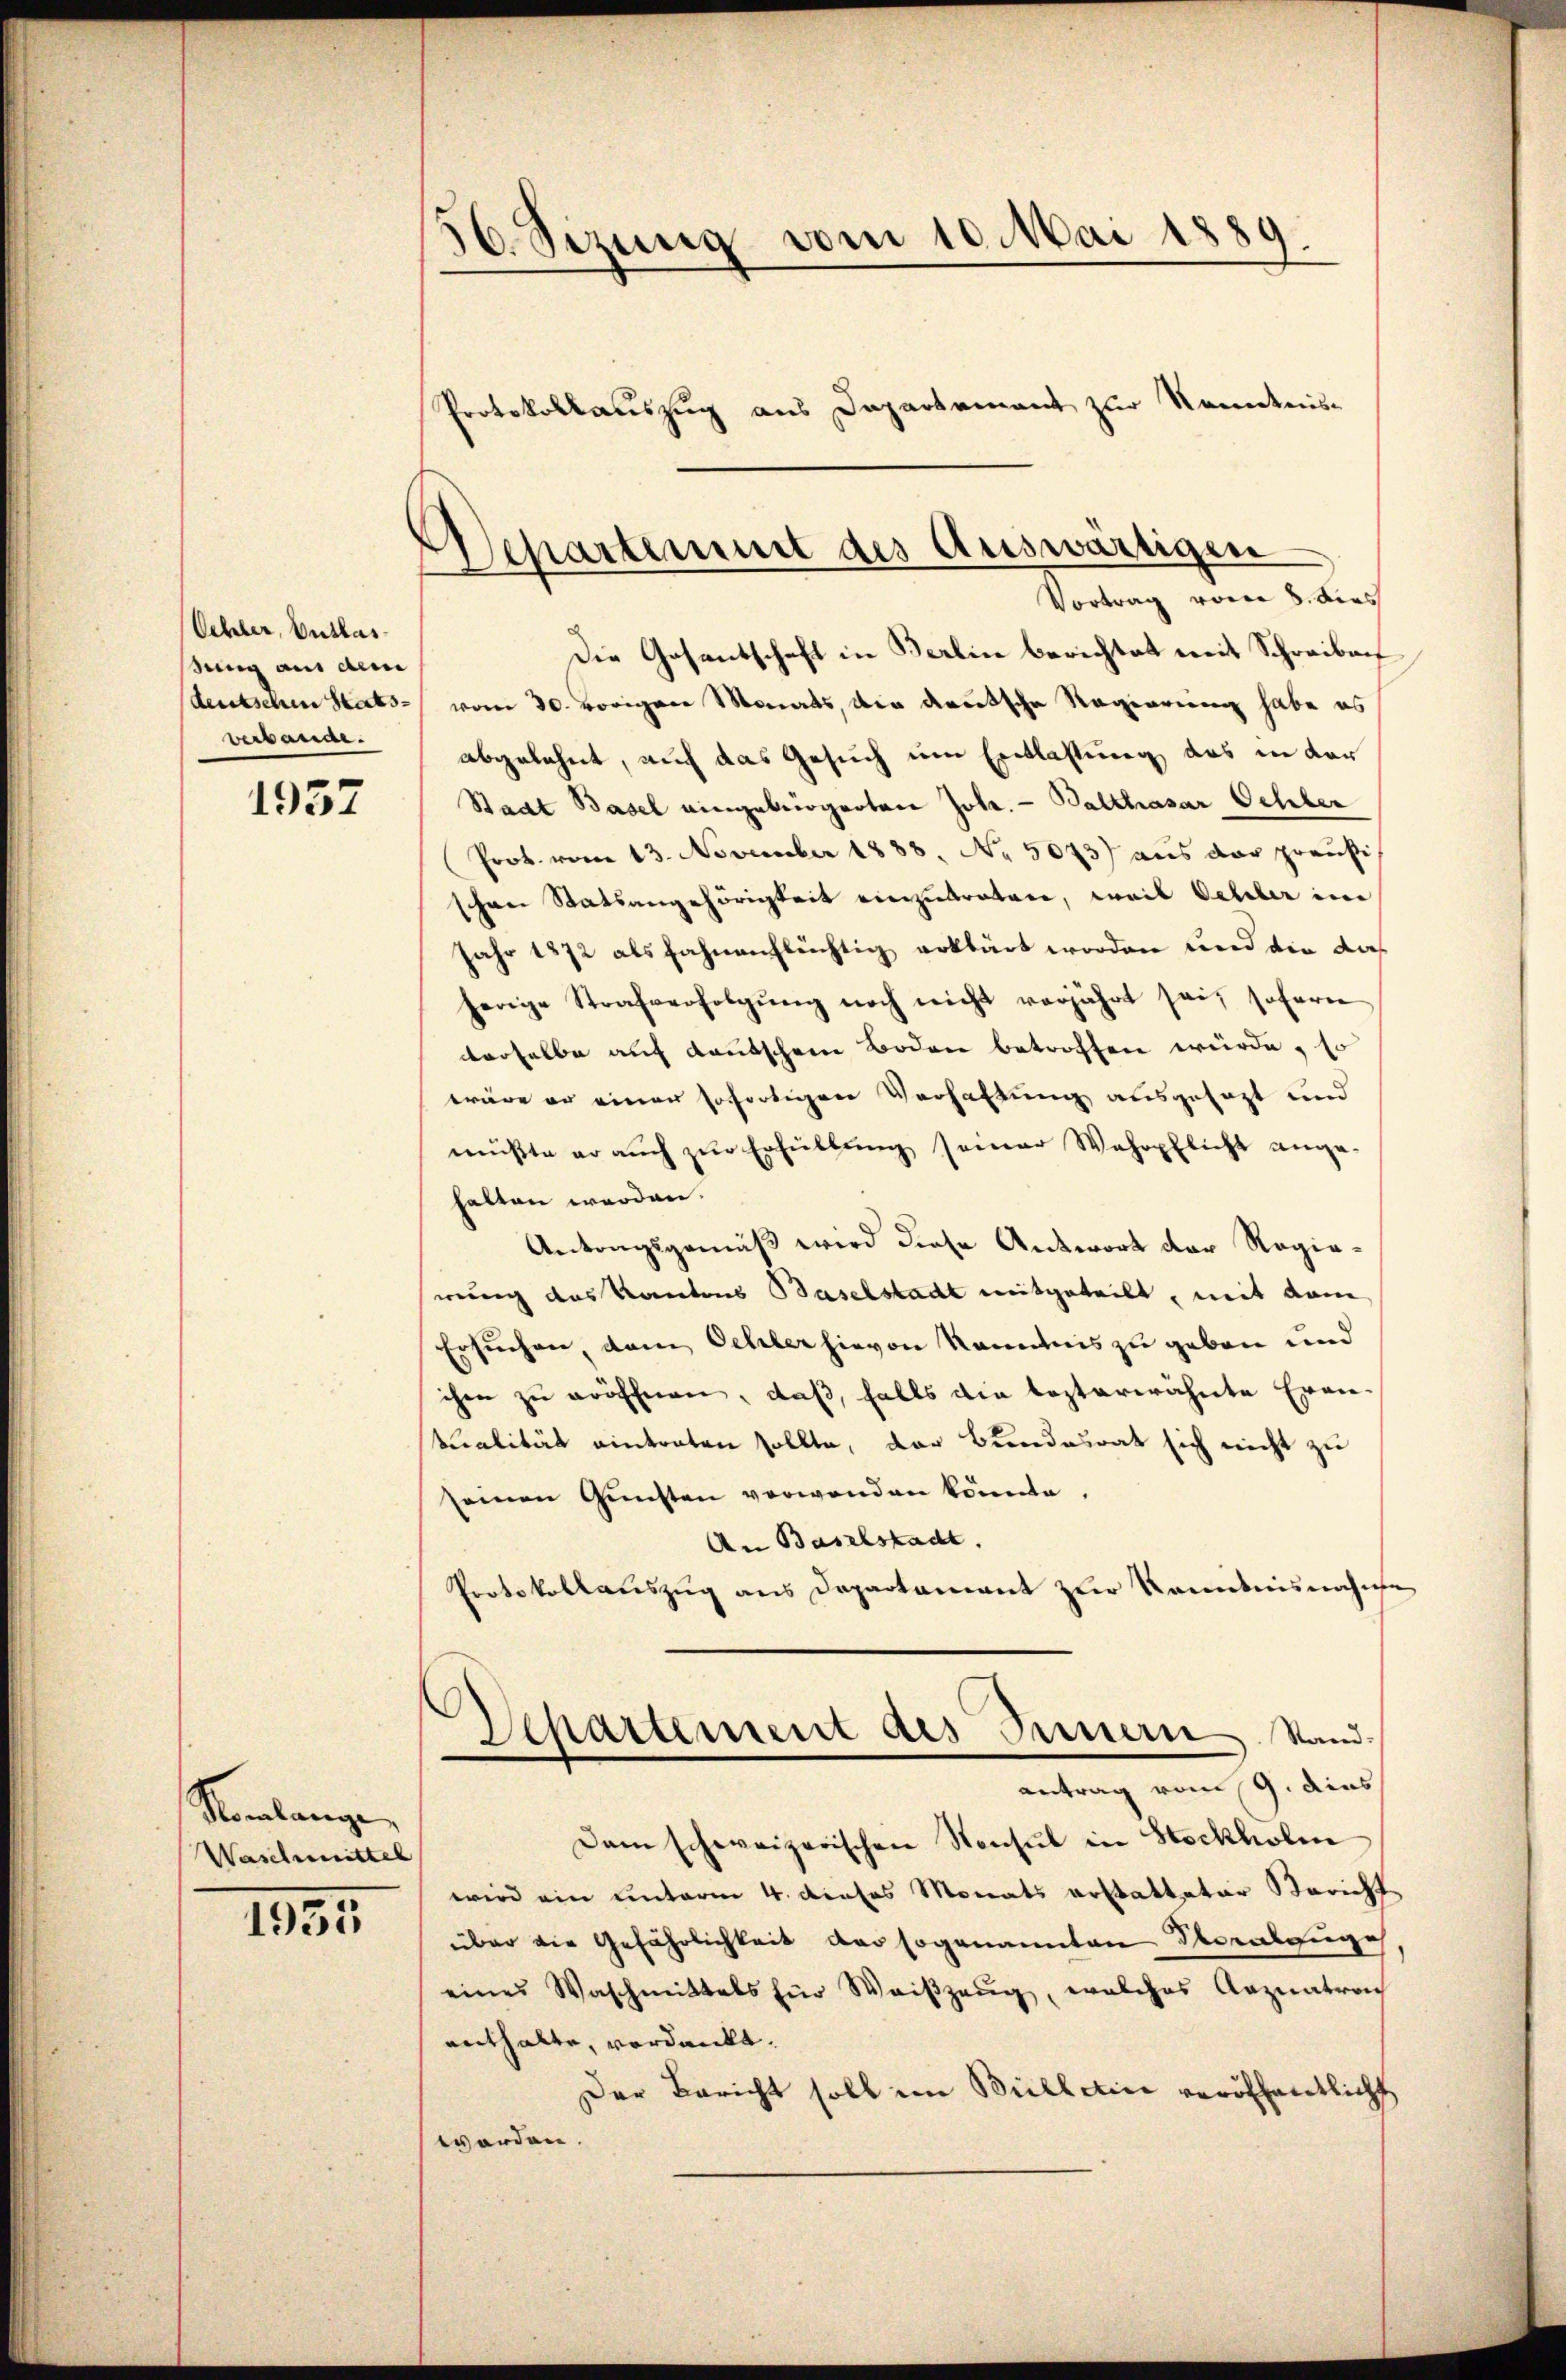
Oehler, Entlas
Seng aus dem
deutschen Stats-
verbande.

1957

Nonlange
Waschmittel

1935

56. Sizung vom 10. Mai 1889.
Protokollauszug aus Departement zur Kenntnis-

Separtement des Auswärtigen
Vortrag von 8. dies

Die Gesantschaft in Berlin berichtet mit Schreiben
vom 30. vorigen Monats, der deutsche Regierung habe es
abgelehnt, auf das Gesuch um Entlassung das in der
Stadt Basel eingebrigerten Joh. Balthasar Oehler
Prot. vom 13. November 1888. No. 5073) aus der preußi
schen Statsangehörigkeit einzubraten, weil Oehler im
Jahr 1872 als fahnenflüchtig erklärt worden und die das
herige Strafverfolgŭng noch nicht verjährt sei, soferne
derselbe auf Kautschen Boden betroffen würde, so
wäre er einen sofortigen Verhaltung ausgesagt und
müßte er auch zur Erfüllung seiner Wehrpflicht angehalten werden.
Antragsgemäß wird diese Antwort der Regierung das Kantons Baselstadt mitgeteilt, mit dem
Ersuchen, dem Oehler hievon Kenntnis zu geben und
che zu eröffnen, daß, falls die lezterwähnte Erantualität eintraten sollte, der Bundesrat sich nicht zu
seinen Gŭnsten verwenden könnte.
An Baselstadt.
Protokollauszug aus Departement zur Komitnisnahme
Departement des Innern. Stand.
antrag vom 9. dies
Dam schweizerischen Konsul in Stockholm
wird ein unterm 4. dieses Monats erstatteter Bericht
über die Gefährlichkeit der sogenannten Verabzuge
eines Waschmittels für Weiβzeŭg, welches Arznatron
enthalte, verdankt.
Der Bericht soll im Billetine veröffentlicht
worden.